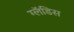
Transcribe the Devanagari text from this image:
ग्लॅडिस